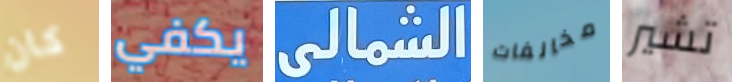
كان يكفي الشمالى مخالفات تشير